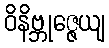
ဝိနိဗ္ဘုဇ္ဇေယျ